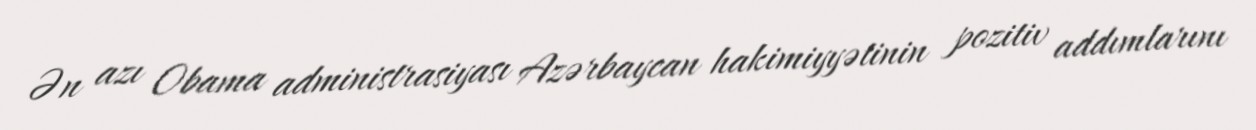
Ən azı Obama administrasiyası Azərbaycan hakimiyyətinin pozitiv addımlarını